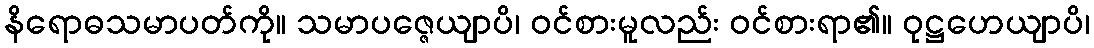
နိရောဓသမာပတ်ကို။ သမာပဇ္ဇေယျာပိ၊ ဝင်စားမူလည်း ဝင်စားရာ၏။ ဝုဋ္ဌဟေယျာပိ၊